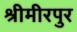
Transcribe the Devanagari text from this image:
श्रीमीरपुर